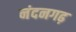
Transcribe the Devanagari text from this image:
नंदनगढ़